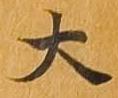
大